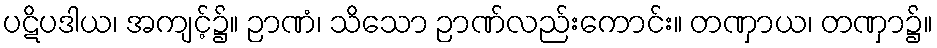
ပဋိပဒါယ၊ အကျင့်၌။ ဉာဏံ၊ သိသော ဉာဏ်လည်းကောင်း။ တဏှာယ၊ တဏှာ၌။